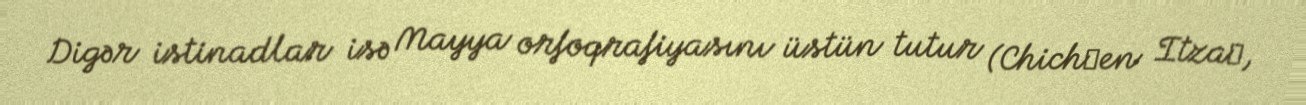
Digər istinadlar isə Mayya orfoqrafiyasını üstün tutur (Chichʼen Itzaʼ,